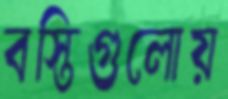
বস্তিগুলোয়